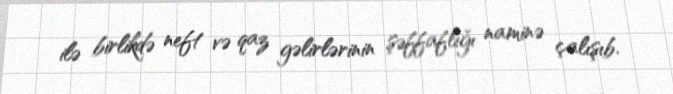
ilə birlikdə neft və qaz gəlirlərinin şəffaflığı naminə çalışıb.